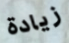
زيادة